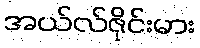
အယ်လ်ဇိုင်းမား